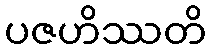
ပဇဟိဿတိ